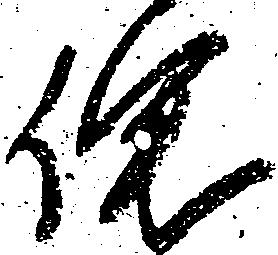
侘